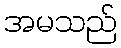
အမသည်